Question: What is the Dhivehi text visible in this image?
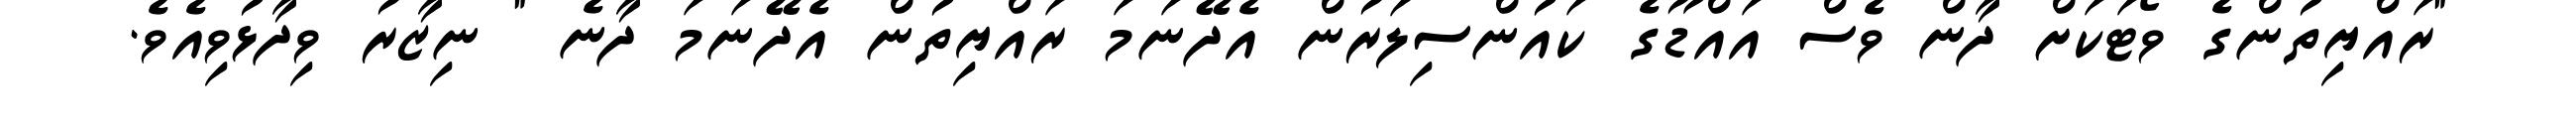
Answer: "ރައްޔިތުންގެ ވޯޓަކަށް ދާން ވެސް އައްޑޫގެ ކައުންސިލަރުން އެދޭނަމަ ރައްޔިތުން އެދޭނަމަ ދާނެ " ނިޒާރު ވިދާޅުވިއެވެ.